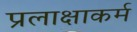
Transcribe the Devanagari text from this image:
प्रलाक्षाकर्म